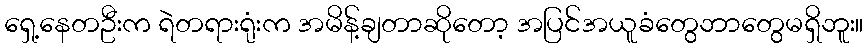
ရှေ့နေတဦးက ရဲတရားရုံးက အမိန့်ချတာဆိုတော့ အပြင်အယူခံတွေဘာတွေမရှိဘူး။